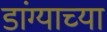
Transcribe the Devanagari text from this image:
डांग्याच्या